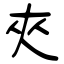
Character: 夾